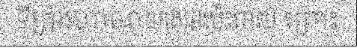
ទីក្រុងហាណូយរងផងប៉ះពាល់ ព្រោះ